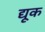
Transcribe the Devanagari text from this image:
द्यूक